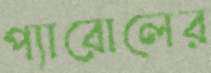
প্যারোলের